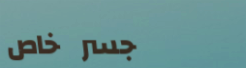
جسر خاص